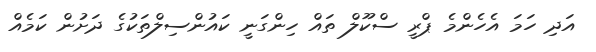
އަދި ހަމަ އެހެންމެ ޕްރީ ސްކޫލް ތައް ހިންގަނީ ކައުންސިލްތަކުގެ ދަށުން ކަމެއް